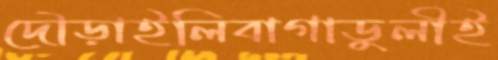
দৌড়াইলিবাগাডুলীই